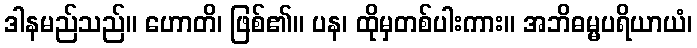
ဒါနမည်သည်။ ဟောတိ၊ ဖြစ်၏။ ပန၊ ထိုမှတစ်ပါးကား။ အဘိဓမ္မပရိယာယံ၊